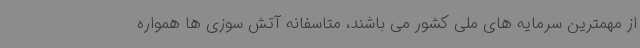
از مهمترین سرمایه های ملی کشور می باشند،‌ متاسفانه آتش سوزی ها همواره